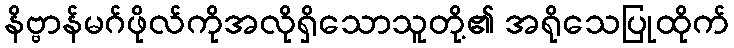
နိဗ္ဗာန်မဂ်ဖိုလ်ကိုအလိုရှိသောသူတို့၏ အရိုသေပြုထိုက်